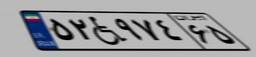
۵۲W۹۷۴۶۵